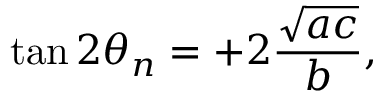
\tan 2 \theta _ { n } = + 2 { \frac { \sqrt { a c } } { b } } ,